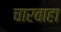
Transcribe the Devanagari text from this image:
चारबाहा